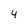
Character: 4